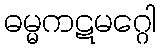
ဓမ္မကဋမဂ္ဂေါ